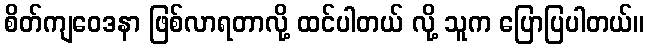
စိတ်ကျဝေဒနာ ဖြစ်လာရတာလို့ ထင်ပါတယ် လို့ သူက ပြောပြပါတယ်။